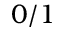
0 / 1